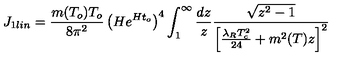
J _ { 1 l i n } = \frac { m ( T _ { o } ) T _ { o } } { 8 \pi ^ { 2 } } \left( H e ^ { H t _ { o } } \right) ^ { 4 } \int _ { 1 } ^ { \infty } \frac { d z } { z } \frac { \sqrt { z ^ { 2 } - 1 } } { \left[ \frac { \lambda _ { R } T _ { c } ^ { 2 } } { 2 4 } + m ^ { 2 } ( T ) z \right] ^ { 2 } }